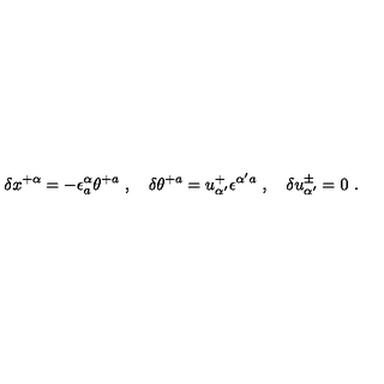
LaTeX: \delta x ^ { + \alpha } = - \epsilon _ { a } ^ { \alpha } \theta ^ { + a } \ , \quad \delta \theta ^ { + a } = u _ { \alpha ^ { \prime } } ^ { + } \epsilon ^ { \alpha ^ { \prime } a } \ , \quad \delta u _ { \alpha ^ { \prime } } ^ { \pm } = 0 \ .